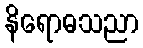
နိရောဓသညာ